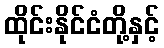
ထိုင်းနိုင်ငံတို့နှင့်